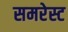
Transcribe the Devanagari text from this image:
समरेस्ट